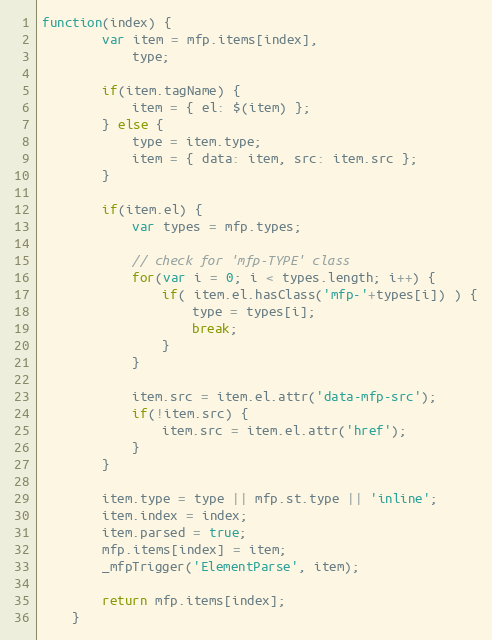
Language: JavaScript
function(index) {
		var item = mfp.items[index],
			type;

		if(item.tagName) {
			item = { el: $(item) };
		} else {
			type = item.type;
			item = { data: item, src: item.src };
		}

		if(item.el) {
			var types = mfp.types;

			// check for 'mfp-TYPE' class
			for(var i = 0; i < types.length; i++) {
				if( item.el.hasClass('mfp-'+types[i]) ) {
					type = types[i];
					break;
				}
			}

			item.src = item.el.attr('data-mfp-src');
			if(!item.src) {
				item.src = item.el.attr('href');
			}
		}

		item.type = type || mfp.st.type || 'inline';
		item.index = index;
		item.parsed = true;
		mfp.items[index] = item;
		_mfpTrigger('ElementParse', item);

		return mfp.items[index];
	}